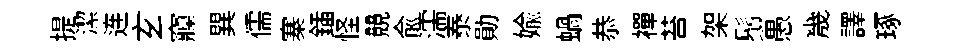
提潔连𤣥䆿巽儒寨鍤怪競兪濡泰勛媮蝸恭襌苔架鬚愚㡬譯琢